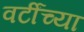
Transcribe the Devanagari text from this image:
वर्टींच्या